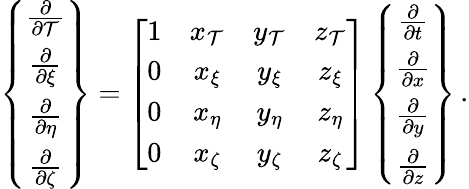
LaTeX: \left\{ \begin{array}{c}{\frac{\partial}{\partial\mathcal{T}}}\\ {\frac{\partial}{\partial\xi}}\\ {\frac{\partial}{\partial\eta}}\\ {\frac{\partial}{\partial\zeta}}\end{array}\right\} =\left[\begin{array}{cccc}{1}&{x_{\mathcal{T}}}&{y_{\mathcal{T}}}&{z_{\mathcal{T}}}\\ {0}&{x_{\xi}}&{y_{\xi}}&{z_{\xi}}\\ {0}&{x_{\eta}}&{y_{\eta}}&{z_{\eta}}\\ {0}&{x_{\zeta}}&{y_{\zeta}}&{z_{\zeta}}\end{array}\right]\left\{ \begin{array}{c}{\frac{\partial}{\partial t}}\\ {\frac{\partial}{\partial x}}\\ {\frac{\partial}{\partial y}}\\ {\frac{\partial}{\partial z}}\end{array}\right\} \, \mathrm{.}